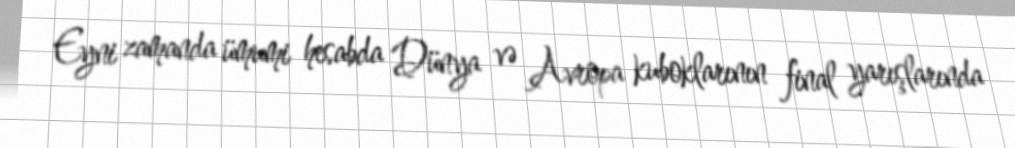
Eyni zamanda ümumi hesabda Dünya və Avropa kuboklarının final yarışlarında